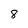
Character: 8